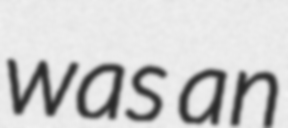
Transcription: was an